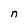
Character: n